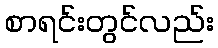
စာရင်းတွင်လည်း